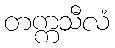
တက္ကသီလံ